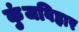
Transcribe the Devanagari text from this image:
कुंजविहार